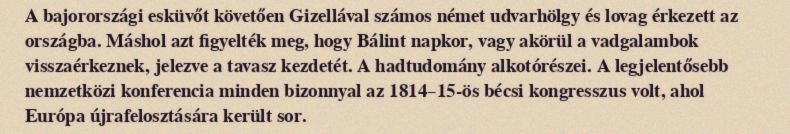
A bajorországi esküvőt követően Gizellával számos német udvarhölgy és lovag érkezett az országba. Máshol azt figyelték meg, hogy Bálint napkor, vagy akörül a vadgalambok visszaérkeznek, jelezve a tavasz kezdetét. A hadtudomány alkotórészei. A legjelentősebb nemzetközi konferencia minden bizonnyal az 1814–15-ös bécsi kongresszus volt, ahol Európa újrafelosztására került sor.